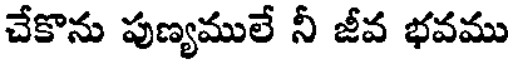
చేకొను పుణ్యములే నీ జీవ భవము